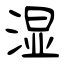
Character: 湿